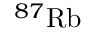
^ { 8 7 } \mathrm { R b }